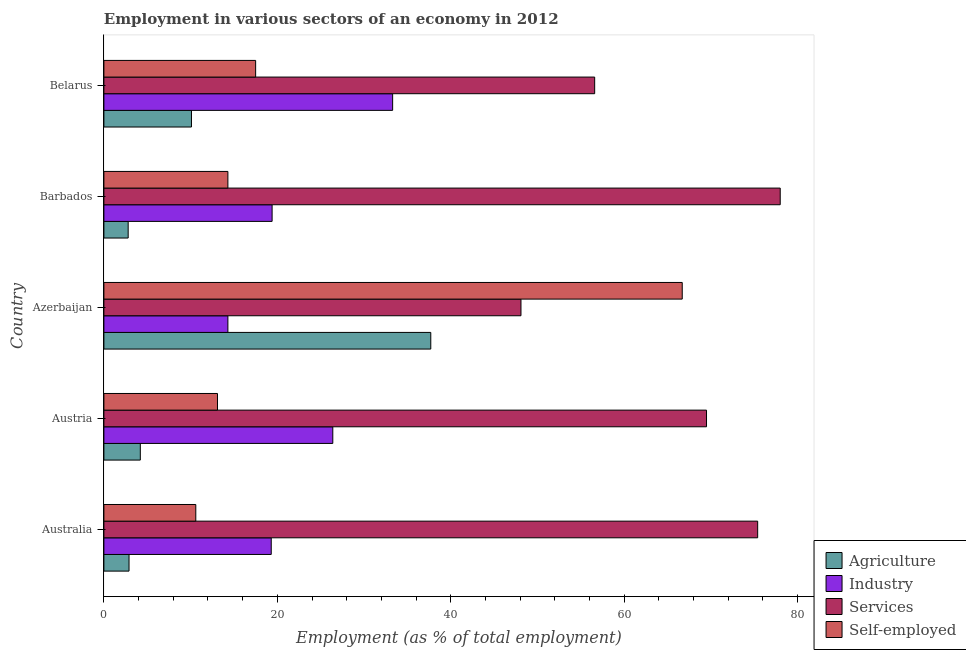
| Country | Agriculture | Industry | Services | Self-employed |
 | --- | --- | --- | --- | --- |
 | Australia | 2.9 | 19.3 | 75.4 | 10.6 |
 | Austria | 4.2 | 26.4 | 69.5 | 13.1 |
 | Azerbaijan | 37.7 | 14.3 | 48.1 | 66.7 |
 | Barbados | 2.8 | 19.4 | 78 | 14.3 |
 | Belarus | 10.1 | 33.3 | 56.6 | 17.5 |